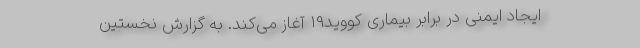
ایجاد ایمنی در برابر بیماری کووید19 آغاز می‌کند. به گزارش نخستین